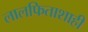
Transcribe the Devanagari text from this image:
लालफिताशाही